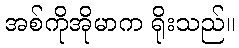
အစ်ကိုအိုမာက ရိုးသည်။